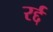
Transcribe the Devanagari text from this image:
रर्द्द